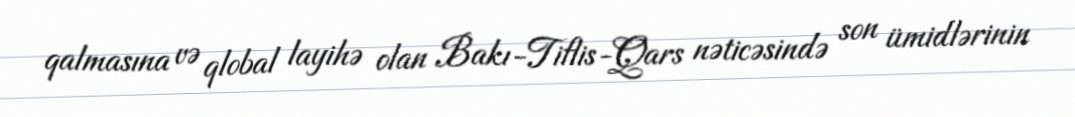
qalmasına və qlobal layihə olan Bakı-Tiflis-Qars nəticəsində son ümidlərinin